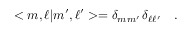
< m , \ell | m ^ { \prime } , \ell ^ { \prime } > = \delta _ { m m ^ { \prime } } \, \delta _ { \ell \ell ^ { \prime } } \ \ \ .